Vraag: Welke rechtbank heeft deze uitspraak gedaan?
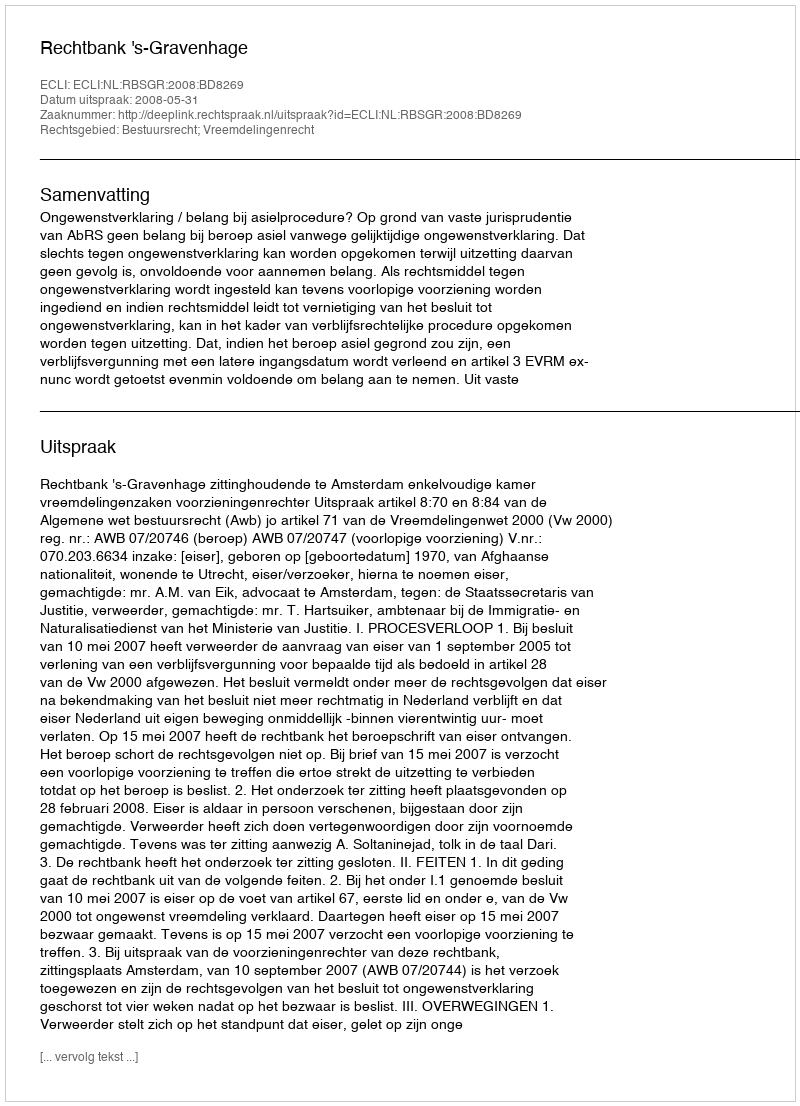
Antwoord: Rechtbank 's-Gravenhage